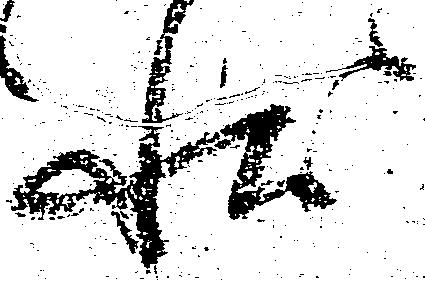
状